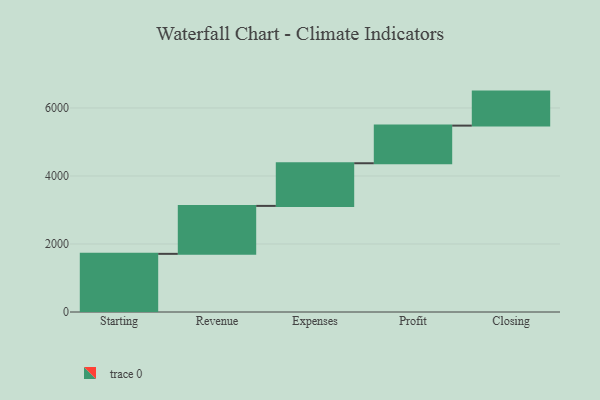
{"axis": {"x": "Step", "y": "Value"}, "legend": [""], "data": [{"x": "Starting", "y": 1710.0, "type": ""}, {"x": "Revenue", "y": 1410.0, "type": ""}, {"x": "Expenses", "y": 1254.0, "type": ""}, {"x": "Profit", "y": 1107.0, "type": ""}, {"x": "Closing", "y": 1000, "type": ""}]}